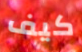
كيف